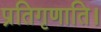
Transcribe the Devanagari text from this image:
प्रतिगृणाति।